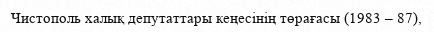
Чистополь халық депутаттары кеңесінің төрағасы (1983 – 87),